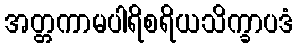
အတ္တကာမပါရိစရိယသိက္ခာပဒံ